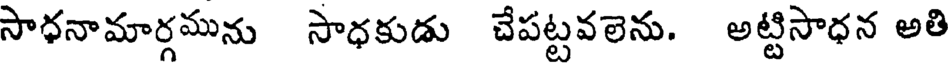
సాధనామార్గమును సాధకుడు చేపట్టవలెను. అట్టిసాధన అతి